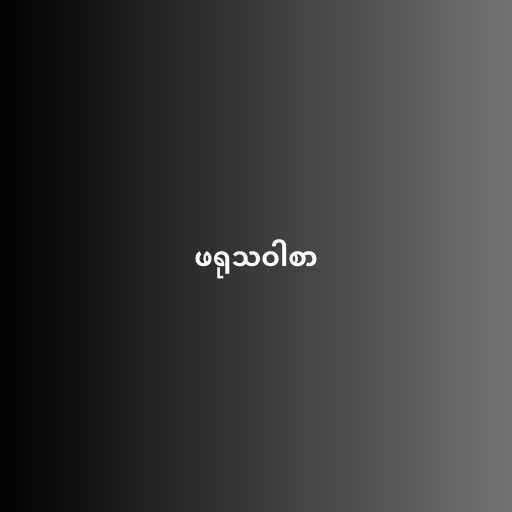
ဖရုသဝါစာ